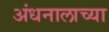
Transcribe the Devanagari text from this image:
अंधनालाच्या